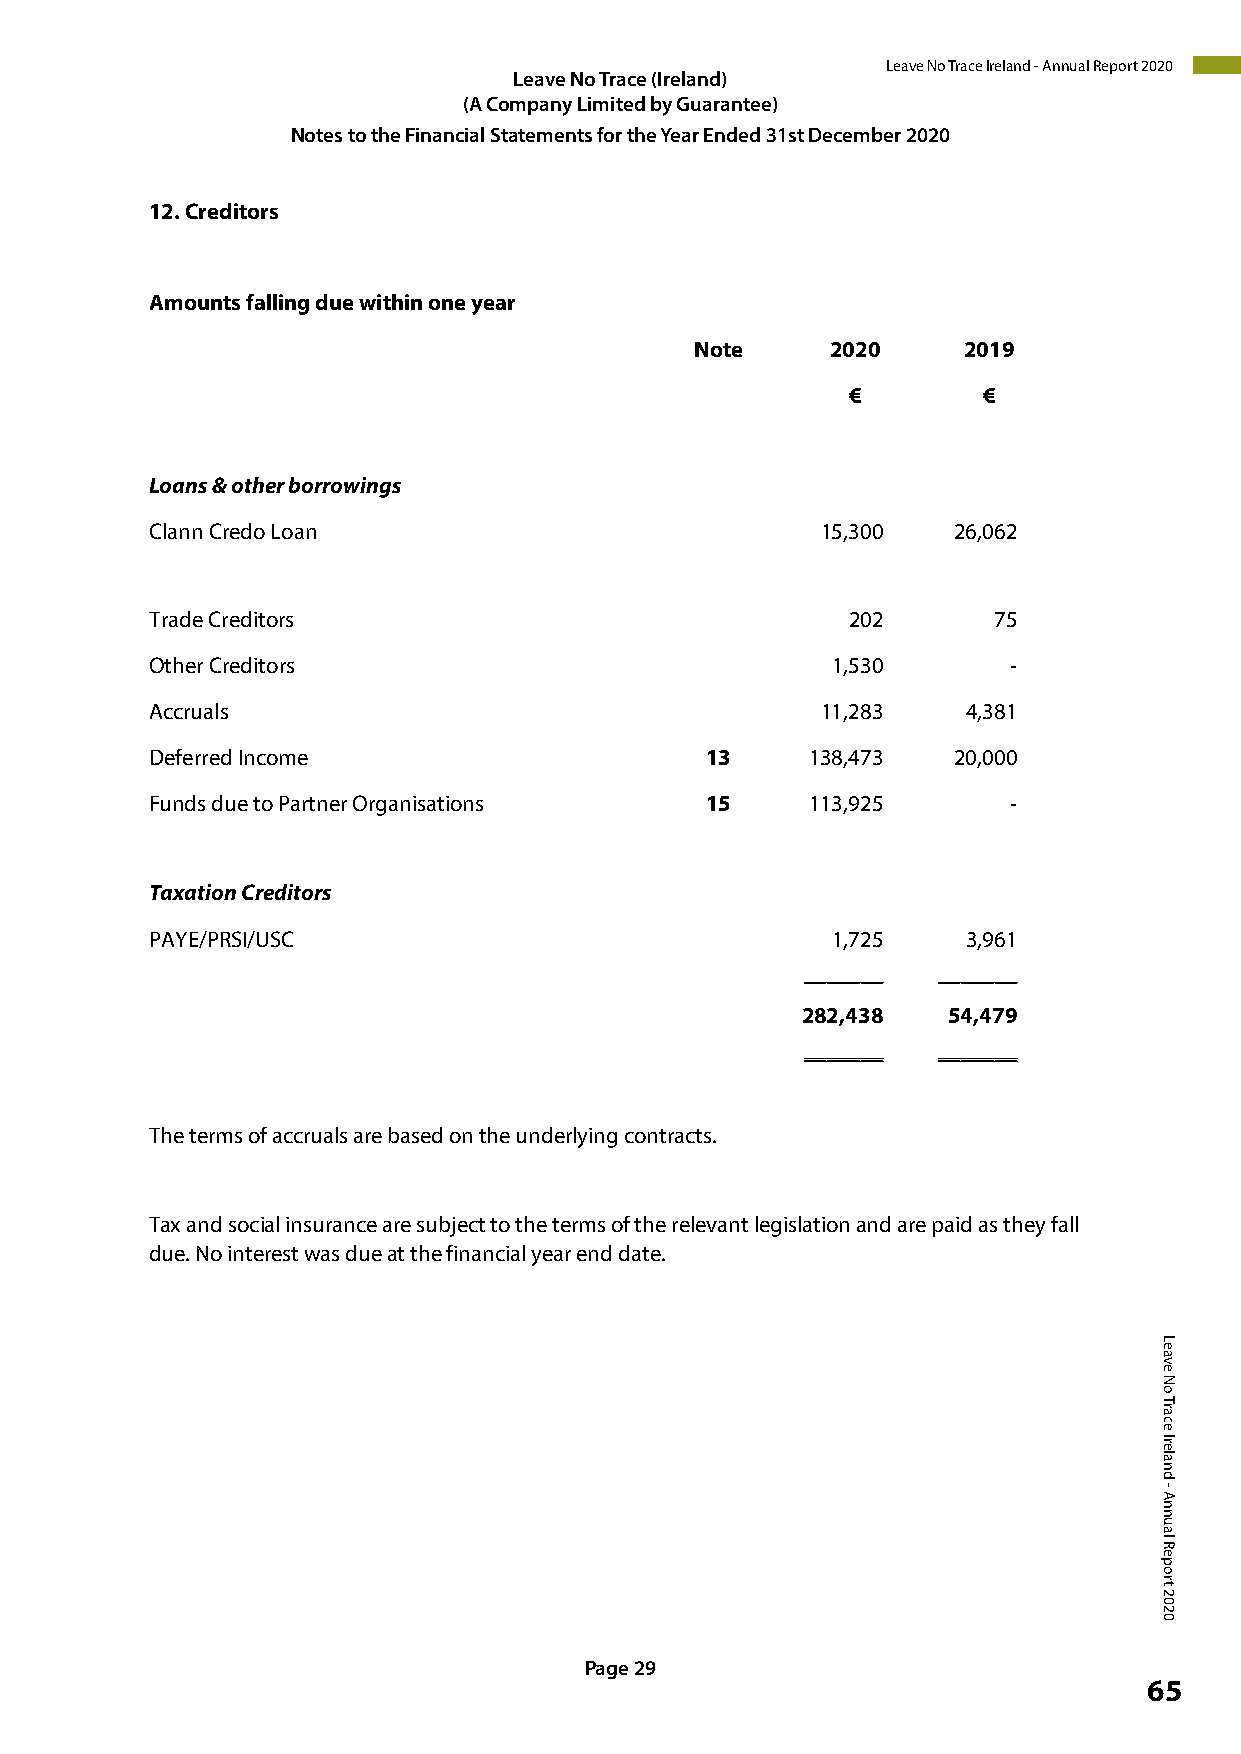
Leave No Trace Ireland - Annual Report 2020
 LeavLee Navoe T Nroa Tcrea (cIer (eIlraenladn)d )
 (A Co(Am Cpoamnyp aLniym Liitmedit ebdy bGy uGauraarnantetee)e )
 Notes Ntoo tthese tFoi tnhaen Fciinaal nSctiaatl eSmtaetenmtse fnotrs tfohre tYhee aYre aEr nEdndeded 3 311sts tD Deecceemmbbeerr 22002200
 12.Creditors
 Amounts falling due within one year
 Note     2020     2019
 €        €
 Loans & other borrowings
 Clann Credo Loan                            15,300   26,062
 Trade Creditors                               202       75
 Other Creditors                              1,530       -
 Accruals                                    11,283    4,381
 Deferred Income                      13     138,473  20,000
 Funds due to Partner Organisations   15     113,925      -
 Taxation Creditors
 PAYE/PRSI/USC                                1,725    3,961
 _______  _______
 282,438   54,479
 _______  _______
 The terms of accruals are based on the underlying contracts.
 Tax and social insurance are subject to the terms of the relevant legislation and are paid as they fall
 due. No interest was due at the financial year end date.
 Page 29
 65
 Page 22
 Leave
 No
 Trace
 Ireland
 -
 Annual
 Report
 2020